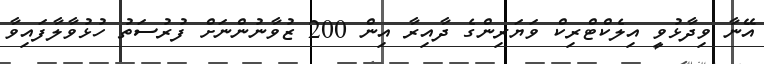
އޭނާ ވިދާޅުވީ އިލެކްޓްރިކް ވަޔަރިންގެ ދާއިރާ އިން 200 ޒުވާނުންނަށް ފުރުސަތު ހުޅުވާލާފައިވާ